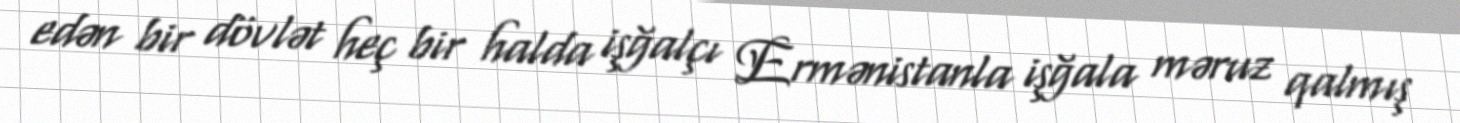
edən bir dövlət heç bir halda işğalçı Ermənistanla işğala məruz qalmış